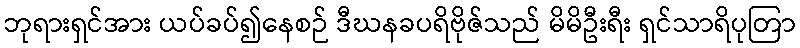
ဘုရားရှင်အား ယပ်ခပ်၍နေစဉ် ဒီဃနခပရိဗိုဇ်သည် မိမိဦးရီး ရှင်သာရိပုတြာ